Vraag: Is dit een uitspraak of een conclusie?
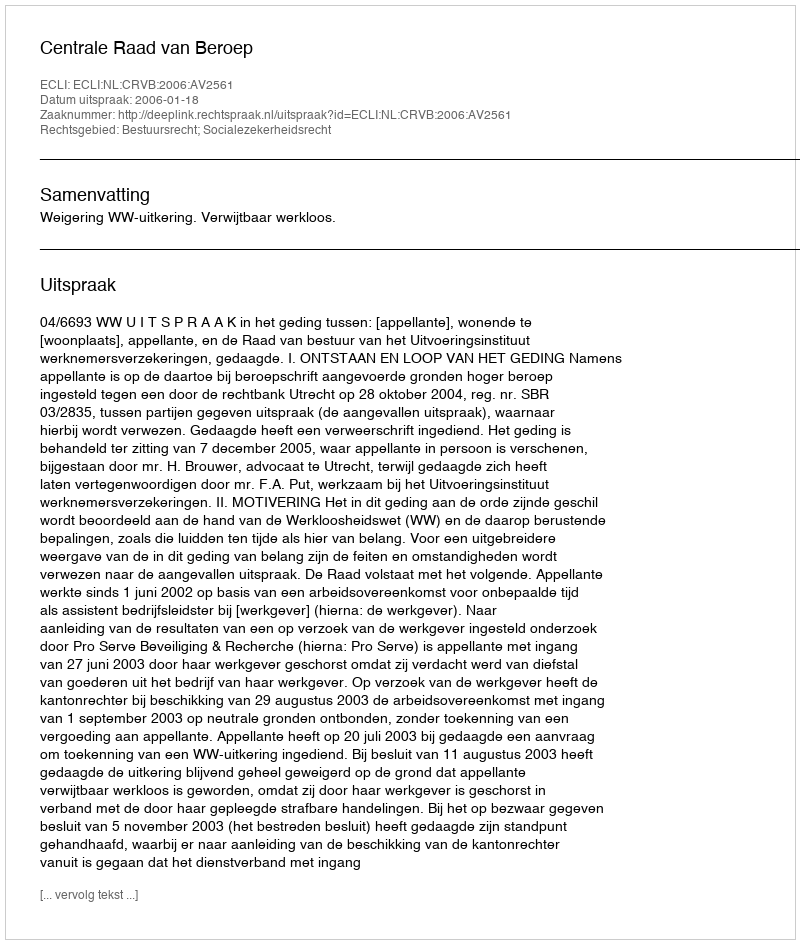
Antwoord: Uitspraak